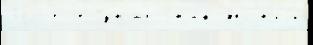
Золото́е Гунар Знак Япо́н'иjи